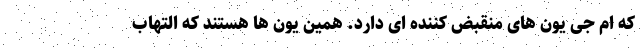
که ام جی یون های منقبض کننده ای دارد. همین یون ها هستند که التهاب